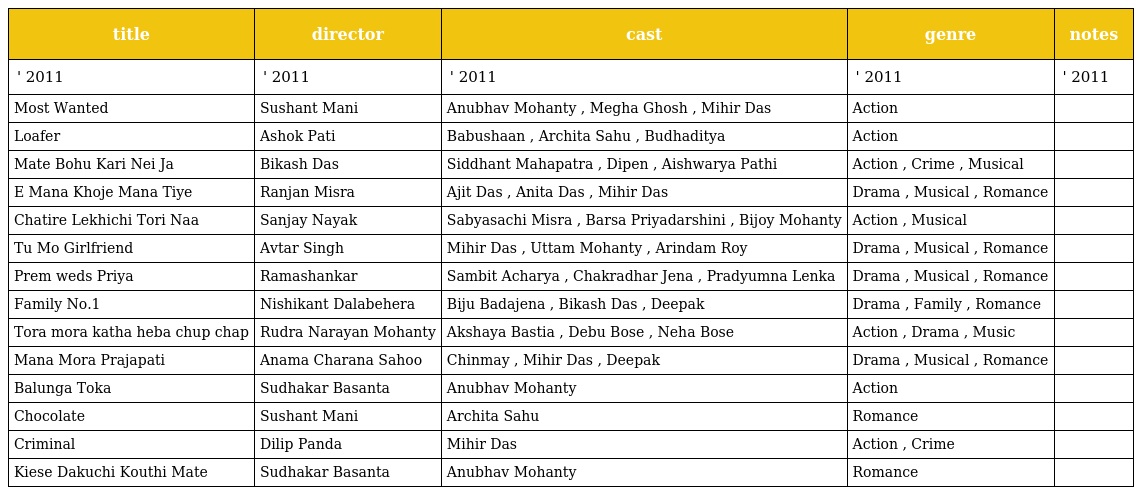
| title | director | cast | genre | notes |
 | --- | --- | --- | --- | --- |
 | ' 2011 | ' 2011 | ' 2011 | ' 2011 | ' 2011 |
 | Most Wanted | Sushant Mani | Anubhav Mohanty , Megha Ghosh , Mihir Das | Action |  |
 | Loafer | Ashok Pati | Babushaan , Archita Sahu , Budhaditya | Action |  |
 | Mate Bohu Kari Nei Ja | Bikash Das | Siddhant Mahapatra , Dipen , Aishwarya Pathi | Action , Crime , Musical |  |
 | E Mana Khoje Mana Tiye | Ranjan Misra | Ajit Das , Anita Das , Mihir Das | Drama , Musical , Romance |  |
 | Chatire Lekhichi Tori Naa | Sanjay Nayak | Sabyasachi Misra , Barsa Priyadarshini , Bijoy Mohanty | Action , Musical |  |
 | Tu Mo Girlfriend | Avtar Singh | Mihir Das , Uttam Mohanty , Arindam Roy | Drama , Musical , Romance |  |
 | Prem weds Priya | Ramashankar | Sambit Acharya , Chakradhar Jena , Pradyumna Lenka | Drama , Musical , Romance |  |
 | Family No.1 | Nishikant Dalabehera | Biju Badajena , Bikash Das , Deepak | Drama , Family , Romance |  |
 | Tora mora katha heba chup chap | Rudra Narayan Mohanty | Akshaya Bastia , Debu Bose , Neha Bose | Action , Drama , Music |  |
 | Mana Mora Prajapati | Anama Charana Sahoo | Chinmay , Mihir Das , Deepak | Drama , Musical , Romance |  |
 | Balunga Toka | Sudhakar Basanta | Anubhav Mohanty | Action |  |
 | Chocolate | Sushant Mani | Archita Sahu | Romance |  |
 | Criminal | Dilip Panda | Mihir Das | Action , Crime |  |
 | Kiese Dakuchi Kouthi Mate | Sudhakar Basanta | Anubhav Mohanty | Romance |  |